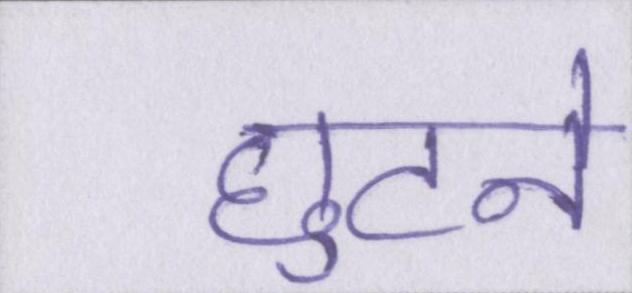
छुटने